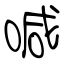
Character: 喊